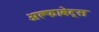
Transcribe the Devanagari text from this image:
अल्फाबेट्स